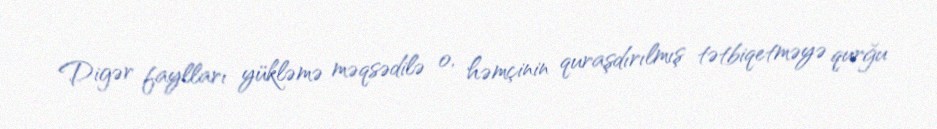
Digər faylları yükləmə məqsədilə o, həmçinin quraşdırılmış tətbiqetməyə qurğu